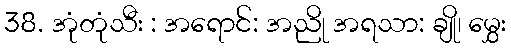
38. အုံတုံသီး : အရောင်: အညို အရသာ: ချို၊ မွှေး